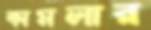
কামলার